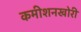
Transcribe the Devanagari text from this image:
कमीशनखोरी